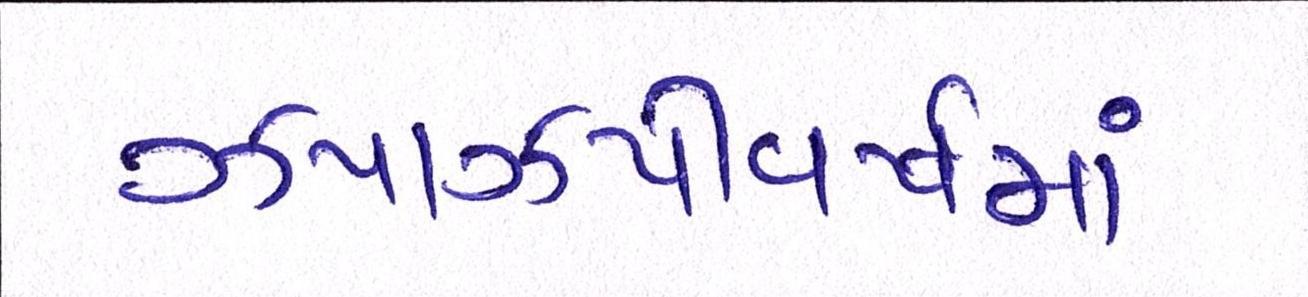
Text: ઝપાઝપીવર્ષમાં